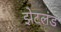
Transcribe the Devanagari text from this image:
झेटलंड